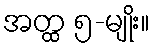
အတ္ထ ၅-မျိုး။